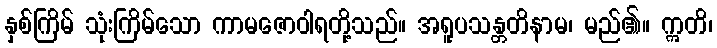
နှစ်ကြိမ် သုံးကြိမ်သော ကာမဇောဝါရတို့သည်။ အရူပသန္တတိနာမ၊ မည်၏။ ဣတိ၊